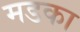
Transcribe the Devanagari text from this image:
मडका